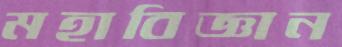
মহাবিজ্ঞান